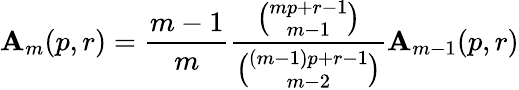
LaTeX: \mathbf{A}_{m}(p,r)={\frac{{m-1}}{{m}}}{\frac{{\binom{mp+r-1}{m-1}}}{{\binom{(m-1)p+r-1}{m-2}}}}\mathbf{A}_{m-1}(p,r)